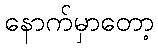
နောက်မှာတော့